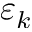
\varepsilon _ { k }